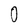
Character: 0